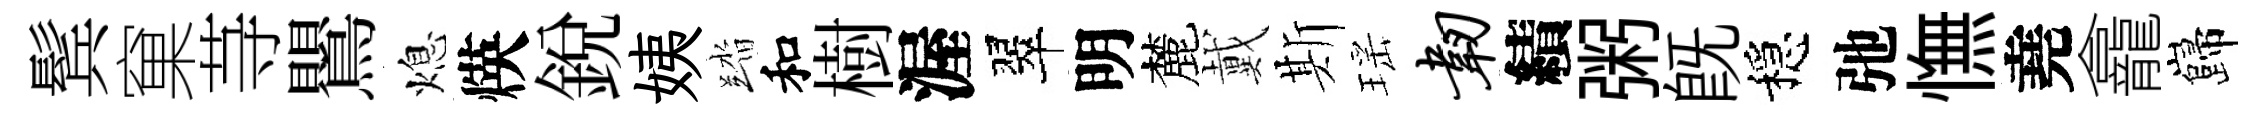
鬂窠䒭鸎熄煐銳姨踏和樹渥翠明麓戴斯瑶韧績粥既穩弛憮堯龕巋